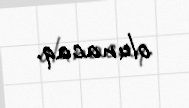
olunacaq.